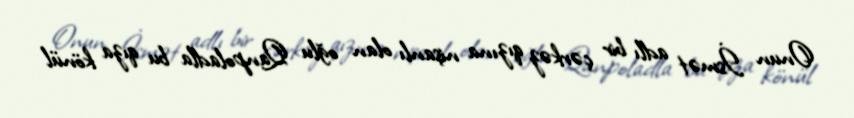
Onun İsmət adlı bir çərkəz qızına nişanlı olan oğlu Qanpoladla bu qıza könül